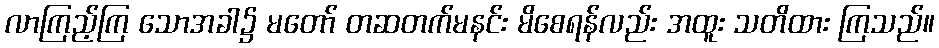
လာကြည့်ကြ သောအခါ၌ မတော် တဆတက်မနင်း မိစေရန်လည်း အထူး သတိထား ကြသည်။